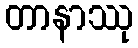
တာနာဿု